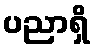
ပညာရှိ